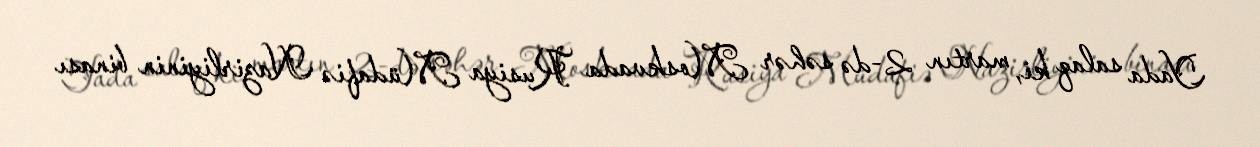
Yada salaq ki, martın 2-də səhər Moskvada Rusiya Müdafiə Nazirliyinin binası